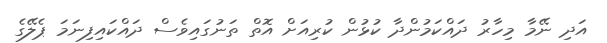
އަދި ނޭމާ މިހާރު ދައްކަމުންދާ ކުޅުން ކުރިއަށް އޮތް ތަނުގައިވެސް ދައްކައިފިނަމަ ޕެލޭގެ